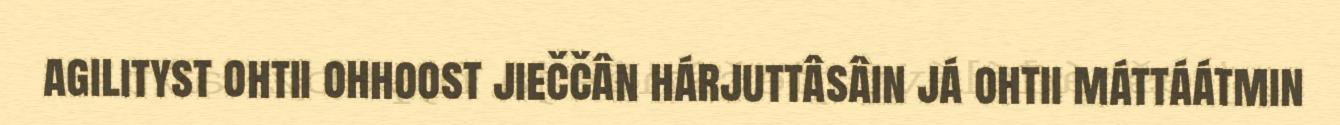
agilityst ohtii ohhoost jieččân hárjuttâsâin já ohtii máttáátmin